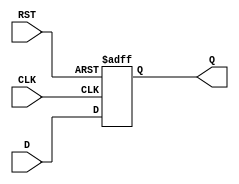
module input_register (
    input wire D,       // Data Input
    input wire CLK,     // Clock
    input wire RST,     // Asynchronous Reset
    output reg Q        // Data Output
);

// Sequential logic block
always @(posedge CLK or posedge RST) begin
    if (RST) begin
        Q <= 1'b0;      // Clear output to 0 on reset
    end else begin
        Q <= D;         // Capture input data on clock edge
    end
end

endmodule